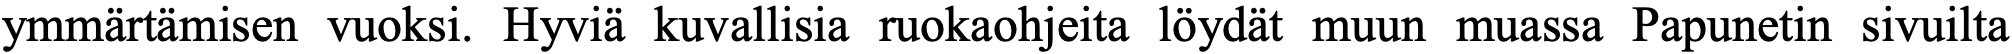
ymmärtämisen vuoksi. Hyviä kuvallisia ruokaohjeita löydät muun muassa Papunetin sivuilta